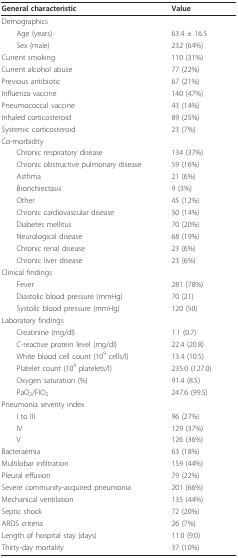
<table><thead><tr><td><b>General characteristic</b></td><td><b>Value</b></td></tr></thead><tbody><tr><td>Demographics</td><td></td></tr><tr><td> Age (years)</td><td>63.4 ± 16.5</td></tr><tr><td> Sex (male)</td><td>232 (64%)</td></tr><tr><td>Current smoking</td><td>110 (31%)</td></tr><tr><td>Current alcohol abuse</td><td>77 (22%)</td></tr><tr><td>Previous antibiotic</td><td>67 (21%)</td></tr><tr><td>Influenza vaccine</td><td>140 (47%)</td></tr><tr><td>Pneumococcal vaccine</td><td>43 (14%)</td></tr><tr><td>Inhaled corticosteroid</td><td>89 (25%)</td></tr><tr><td>Systemic corticosteroid</td><td>23 (7%)</td></tr><tr><td>Co-morbidity</td><td></td></tr><tr><td> Chronic respiratory disease</td><td>134 (37%)</td></tr><tr><td> Chronic obstructive pulmonary disease</td><td>59 (16%)</td></tr><tr><td> Asthma</td><td>21 (6%)</td></tr><tr><td> Bronchiectasis</td><td>9 (3%)</td></tr><tr><td> Other</td><td>45 (12%)</td></tr><tr><td> Chronic cardiovascular disease</td><td>50 (14%)</td></tr><tr><td> Diabetes mellitus</td><td>70 (20%)</td></tr><tr><td> Neurological disease</td><td>68 (19%)</td></tr><tr><td> Chronic renal disease</td><td>23 (6%)</td></tr><tr><td> Chronic liver disease</td><td>23 (6%)</td></tr><tr><td>Clinical findings</td><td></td></tr><tr><td> Fever</td><td>281 (78%)</td></tr><tr><td> Diastolic blood pressure (mmHg)</td><td>70 (21)</td></tr><tr><td> Systolic blood pressure (mmHg)</td><td>120 (50)</td></tr><tr><td>Laboratory findings</td><td></td></tr><tr><td> Creatinine (mg/dl)</td><td>1.1 (0.7)</td></tr><tr><td> C-reactive protein level (mg/dl)</td><td>22.4 (20.8)</td></tr><tr><td> White blood cell count (10<sup>9 </sup>cells/l)</td><td>13.4 (10.5)</td></tr><tr><td> Platelet count (10<sup>9 </sup>platelets/l)</td><td>235.0 (127.0)</td></tr><tr><td> Oxygen saturation (%)</td><td>91.4 (8.5)</td></tr><tr><td> PaO<sub>2</sub>/FIO<sub>2</sub></td><td>247.6 (99.5)</td></tr><tr><td>Pneumonia severity index</td><td></td></tr><tr><td> I to III</td><td>96 (27%)</td></tr><tr><td> IV</td><td>129 (37%)</td></tr><tr><td> V</td><td>126 (36%)</td></tr><tr><td>Bacteraemia</td><td>63 (18%)</td></tr><tr><td>Multilobar infiltration</td><td>159 (44%)</td></tr><tr><td>Pleural effusion</td><td>79 (22%)</td></tr><tr><td>Severe community-acquired pneumonia</td><td>201 (66%)</td></tr><tr><td>Mechanical ventilation</td><td>135 (44%)</td></tr><tr><td>Septic shock</td><td>72 (20%)</td></tr><tr><td>ARDS criteria</td><td>26 (7%)</td></tr><tr><td>Length of hospital stay (days)</td><td>11.0 (9.0)</td></tr><tr><td>Thirty-day mortality</td><td>37 (10%)</td></tr></tbody></table>